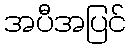
အပီအပြင်